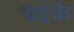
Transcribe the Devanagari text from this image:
पदंके